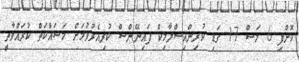
ކޮށްފި 6 މަސް 17 ގަޑި ކުރިންއިސްލާމިކް ފައިނޭންސް ކުރިއެރުވުމަށް މަސައްކަތް ކުރައްވާތީ